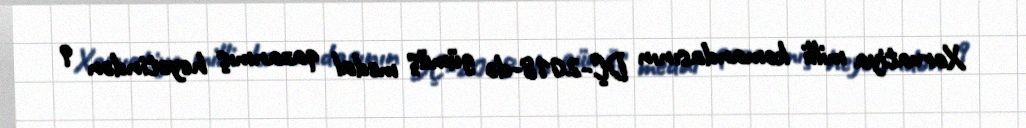
Xorvatiya milli komandasının DÇ-2018-də gümüş medal qazanmış heyətindən 9